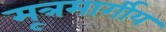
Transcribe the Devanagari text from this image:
मूत्रमार्गीय